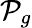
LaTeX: \mathcal{P}_{g}